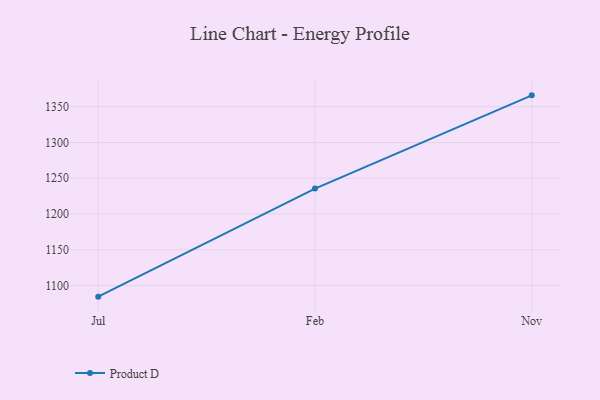
{"axis": {"x": "Month", "y": "Humidity (%)"}, "legend": ["Product D"], "data": [{"x": "Jul", "y": 1084.5, "type": "Product D"}, {"x": "Feb", "y": 1235.6, "type": "Product D"}, {"x": "Nov", "y": 1365.9, "type": "Product D"}]}